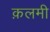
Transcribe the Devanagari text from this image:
क़लमी